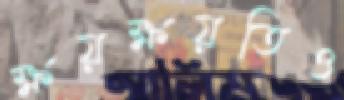
ক্ষয়ক্ষয়তিও